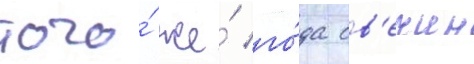
того́ же́ го́да св'ечин